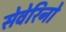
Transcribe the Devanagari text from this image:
सेवेरिनो